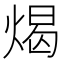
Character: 㷎